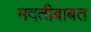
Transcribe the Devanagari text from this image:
मदतीबाबत